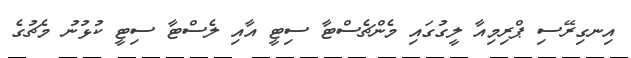
އިނގިރޭސި ޕްރިމިއާ ލީގުގައި މެންޗެސްޓާ ސިޓީ އާއި ލެސްޓާ ސިޓީ ކުޅުނު މެޗުގެ